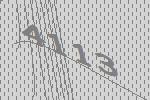
4113